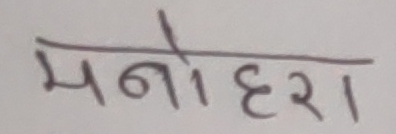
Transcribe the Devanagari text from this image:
मनोहरा